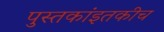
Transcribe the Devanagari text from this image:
पुस्तकांइतकीच